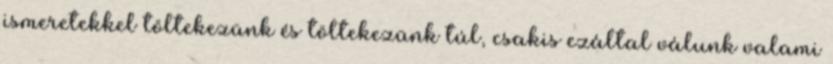
ismeretekkel töltekezünk és töltekezünk túl, csakis ezáltal válunk valami